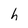
Character: h